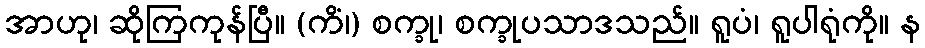
အာဟု၊ ဆိုကြကုန်ပြီ။ (ကိံ၊) စက္ခု၊ စက္ခုပသာဒသည်။ ရူပံ၊ ရူပါရုံကို။ န